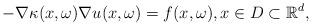
LaTeX: \begin{align*}-\nabla \kappa(x,\omega) \nabla u(x,\omega) = f(x,\omega), x \in D\subset \mathbb{R}^d,\end{align*}